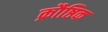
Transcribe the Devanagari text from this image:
क्रौष्ठिक